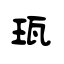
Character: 珁